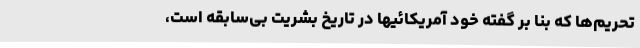
تحریم‌ها که بنا بر گفته خود آمریکائیها در تاریخ بشریت بی‌سابقه است،